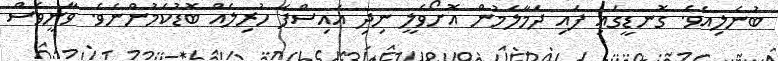
ބުނެލިއެވެ. ގޮނޑީގައި ފައި ދަމާލަމުން އޮށޯވެލީ ނިދި އައިސްފަ ހުރިލެއް ބޮޑުކަމުންނެވެ. ވާނީވެސް